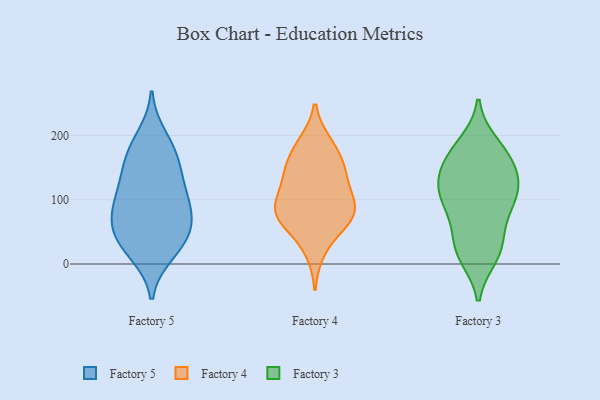
{"axis": {"x": "Temperature (°C)", "y": "Value"}, "legend": ["Factory 3", "Factory 4", "Factory 5"], "data": [{"x": "", "y": 46, "type": "Factory 5"}, {"x": "", "y": 56, "type": "Factory 5"}, {"x": "", "y": 181, "type": "Factory 5"}, {"x": "", "y": 199, "type": "Factory 5"}, {"x": "", "y": 17, "type": "Factory 5"}, {"x": "", "y": 145, "type": "Factory 5"}, {"x": "", "y": 93, "type": "Factory 5"}, {"x": "", "y": 108, "type": "Factory 5"}, {"x": "", "y": 41, "type": "Factory 5"}, {"x": "", "y": 69, "type": "Factory 5"}, {"x": "", "y": 92, "type": "Factory 5"}, {"x": "", "y": 152, "type": "Factory 5"}, {"x": "", "y": 48, "type": "Factory 5"}, {"x": "", "y": 170, "type": "Factory 5"}, {"x": "", "y": 90, "type": "Factory 5"}, {"x": "", "y": 126, "type": "Factory 5"}, {"x": "", "y": 15, "type": "Factory 5"}, {"x": "", "y": 155, "type": "Factory 4"}, {"x": "", "y": 81, "type": "Factory 4"}, {"x": "", "y": 185, "type": "Factory 4"}, {"x": "", "y": 144, "type": "Factory 4"}, {"x": "", "y": 71, "type": "Factory 4"}, {"x": "", "y": 188, "type": "Factory 4"}, {"x": "", "y": 132, "type": "Factory 4"}, {"x": "", "y": 89, "type": "Factory 4"}, {"x": "", "y": 107, "type": "Factory 4"}, {"x": "", "y": 64, "type": "Factory 4"}, {"x": "", "y": 152, "type": "Factory 4"}, {"x": "", "y": 103, "type": "Factory 4"}, {"x": "", "y": 62, "type": "Factory 4"}, {"x": "", "y": 82, "type": "Factory 4"}, {"x": "", "y": 20, "type": "Factory 4"}, {"x": "", "y": 13, "type": "Factory 3"}, {"x": "", "y": 86, "type": "Factory 3"}, {"x": "", "y": 111, "type": "Factory 3"}, {"x": "", "y": 37, "type": "Factory 3"}, {"x": "", "y": 22, "type": "Factory 3"}, {"x": "", "y": 186, "type": "Factory 3"}, {"x": "", "y": 168, "type": "Factory 3"}, {"x": "", "y": 143, "type": "Factory 3"}, {"x": "", "y": 73, "type": "Factory 3"}, {"x": "", "y": 103, "type": "Factory 3"}, {"x": "", "y": 128, "type": "Factory 3"}, {"x": "", "y": 105, "type": "Factory 3"}, {"x": "", "y": 174, "type": "Factory 3"}, {"x": "", "y": 158, "type": "Factory 3"}, {"x": "", "y": 20, "type": "Factory 3"}, {"x": "", "y": 126, "type": "Factory 3"}]}